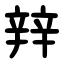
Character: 辡